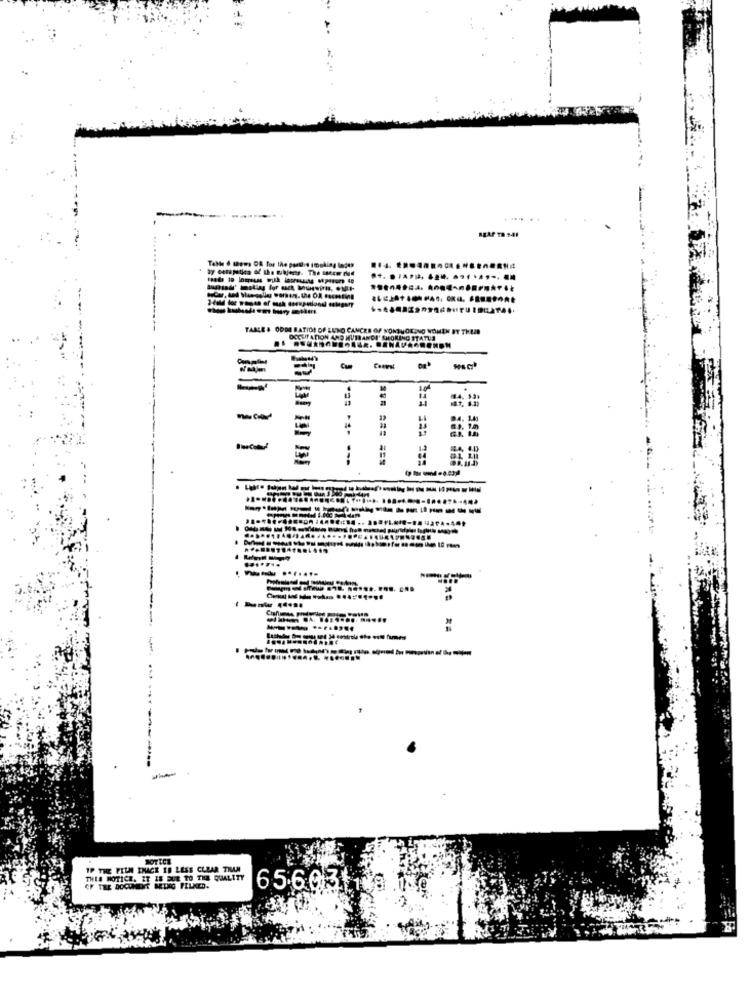
Table 6 shows DE for the partire smoking lades
TABLE & ODDS RATIO OF LUNO CANCES OF NONSNORING NOMEN BY THEAD
DOCUP ATION AND HUSBANDI' SMOKING STATUS
Cum
NOTICE
IP THE FILM INACE IS LESS CLEAR THAN
THIS NOTICE. IT IS DUE TO THE QUALITY
65.603118.1